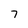
Character: 7